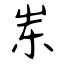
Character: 岽